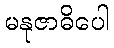
မနုဇာဓိပေါ